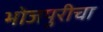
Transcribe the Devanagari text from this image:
भोजपुरीचा